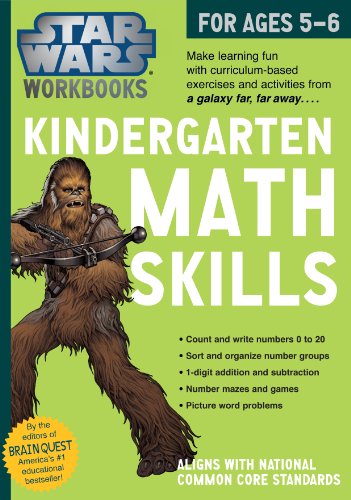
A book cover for Star Wars Workbook: Kindergarten Math Skills (Star Wars Workbooks); Workman Publishing; Children's Books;